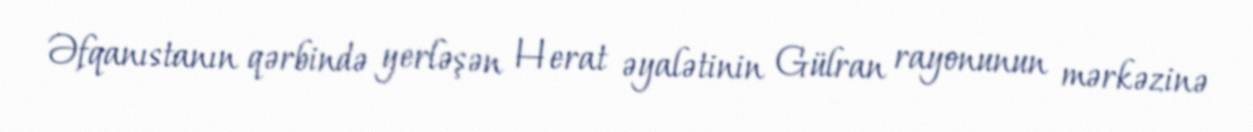
Əfqanıstanın qərbində yerləşən Herat əyalətinin Gülran rayonunun mərkəzinə